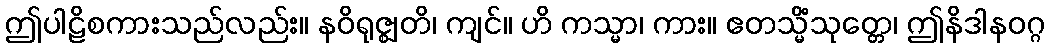
ဤပါဠိစကားသည်လည်း။ နဝိရုဇ္ဈတိ၊ ကျင်။ ဟိ ကသ္မာ၊ ကား။ ဧတသ္မိံသုတ္တေ၊ ဤနိဒါနဝဂ္ဂ